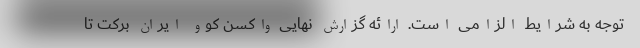
توجه به شرایط الزامی است. ارائه گزارش نهایی واکسن کوو ایران برکت تا